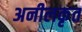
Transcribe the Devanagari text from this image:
अनीलकृत